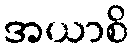
အယာစိ